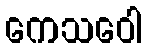
ကေသဝေါ